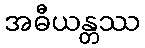
အဓီယန္တဿ